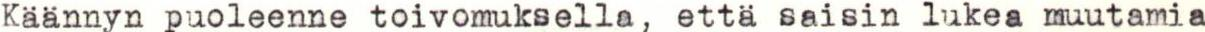
Kaannyn puoleenne toivomuksella, etta saisin lukea muutamia